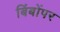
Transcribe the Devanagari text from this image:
बिंबोंपर